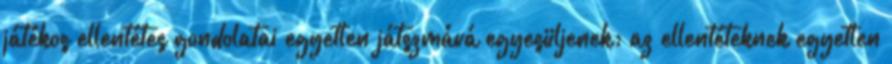
játékos ellentétes gondolatai egyetlen játszmává egyesüljenek; az ellentéteknek egyetlen